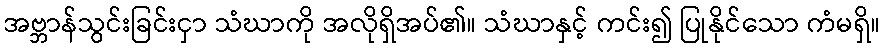
အဗ္ဘာန်သွင်းခြင်းငှာ သံဃာကို အလိုရှိအပ်၏။ သံဃာနှင့် ကင်း၍ ပြုနိုင်သော ကံမရှိ။